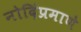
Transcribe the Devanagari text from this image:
नोदिंप्रमाणे